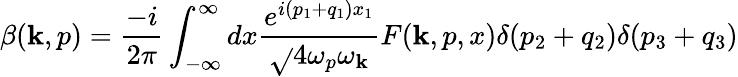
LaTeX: \beta(\mathbf{k},p)=\frac{{-i}}{{2\pi}}\int_{-\infty}^{\infty}dx\frac{{e^{i(p_{1}+q_{1})x_{1}}}}{{\sqrt{}{{4\omega_{p}\omega_{\mathbf{k}}}}}}F(\mathbf{k},p,x)\delta(p_{2}+q_{2})\delta(p_{3}+q_{3})